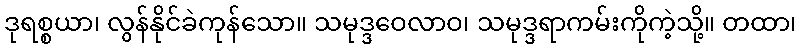
ဒုရစ္စယာ၊ လွန်နိုင်ခဲကုန်သော။ သမုဒ္ဒဝေလာဝ၊ သမုဒ္ဒရာကမ်းကိုကဲ့သို့။ တထာ၊